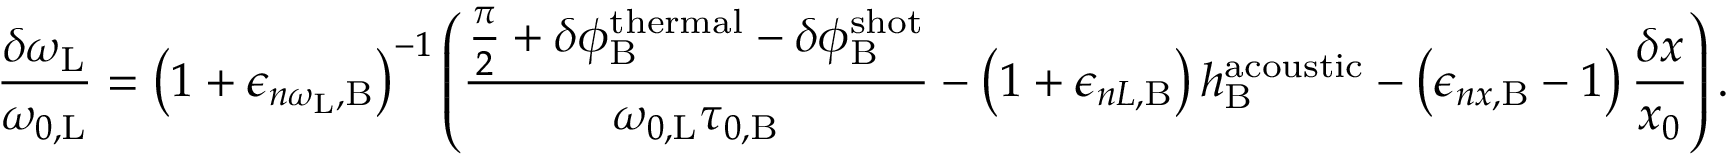
\frac { \delta \omega _ { \mathrm { L } } } { \omega _ { 0 , \mathrm { L } } } = \left( 1 + \epsilon _ { n \omega _ { \mathrm { L } } , \mathrm { B } } \right) ^ { - 1 } \left( \frac { \frac { \pi } { 2 } + \delta \phi _ { \mathrm { B } } ^ { \mathrm { t h e r m a l } } - \delta \phi _ { \mathrm { B } } ^ { \mathrm { s h o t } } } { \omega _ { 0 , \mathrm { L } } \tau _ { 0 , \mathrm { B } } } - \left( 1 + \epsilon _ { n L , \mathrm { B } } \right) h _ { \mathrm { B } } ^ { \mathrm { a c o u s t i c } } - \left( \epsilon _ { n x , \mathrm { B } } - 1 \right) \frac { \delta x } { x _ { 0 } } \right) .